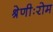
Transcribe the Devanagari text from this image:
श्रेणीःरोम